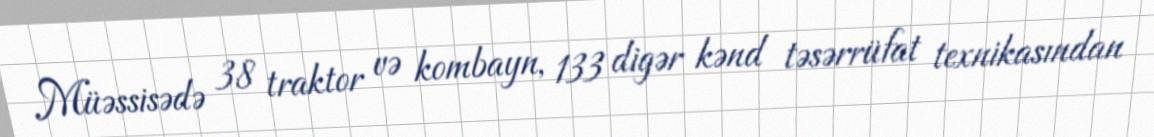
Müəssisədə 38 traktor və kombayn, 133 digər kənd təsərrüfat texnikasından